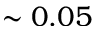
\sim 0 . 0 5